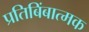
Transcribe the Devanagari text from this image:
प्रतिबिंबात्मक